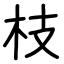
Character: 枝